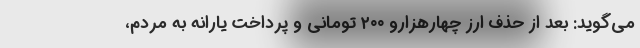
می‌گوید: بعد از حذف ارز چهارهزارو ۲۰۰ تومانی و پرداخت یارانه به مردم،